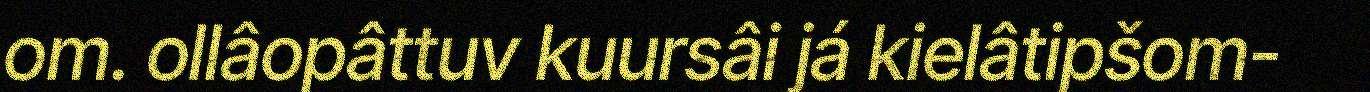
om. ollâopâttuv kuursâi já kielâtipšom-